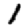
Digit: 1